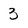
Character: 3